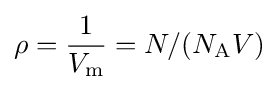
\rho ={\frac {1}{V_{\text{m}}}}=N/(N_{\text{A}}V)